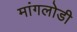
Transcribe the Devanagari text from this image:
मांगलोडी